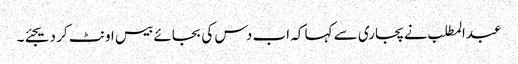
عبدالمطلب نے پجاری سے کہا کہ اب دس کی بجائے بیس اونٹ کر دیجئے۔